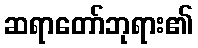
ဆရာတော်ဘုရား၏